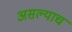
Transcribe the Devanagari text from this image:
असल्याच